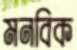
মনবিক